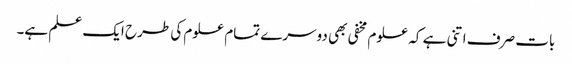
بات صرف اتنی ہے کہ علوم مخفی بھی دوسرے تمام علوم کی طرح ایک علم ہے۔